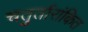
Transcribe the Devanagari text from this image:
चतुर्तारांकित